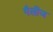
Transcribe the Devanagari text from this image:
गैलीज